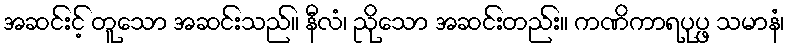
အဆင်းင့် တူသော အဆင်းသည်။ နီလံ၊ ညိုသော အဆင်းတည်း။ ကဏိကာရပုပ္ဖ သမာနံ၊